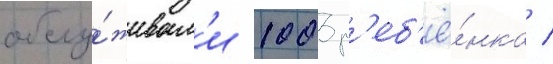
обслу́живал'и 1003 р'еб'ё́нка /